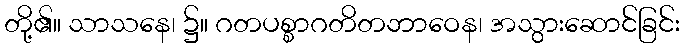
တို့၏။ သာသနေ၊ ၌။ ဂတပစ္စာဂတိတဘာဝေန၊ အသွားဆောင်ခြင်း